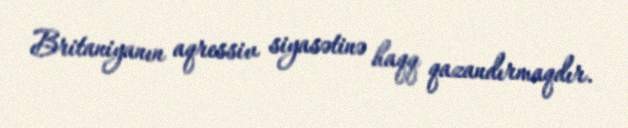
Britaniyanın aqressiv siyasətinə haqq qazandırmaqdır.